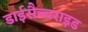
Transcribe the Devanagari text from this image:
डाईसैच्चराइड